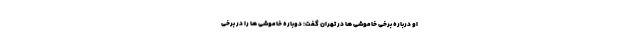
او درباره برخی خاموشی ها در تهران گفت: دوباره خاموشی ها را در برخی